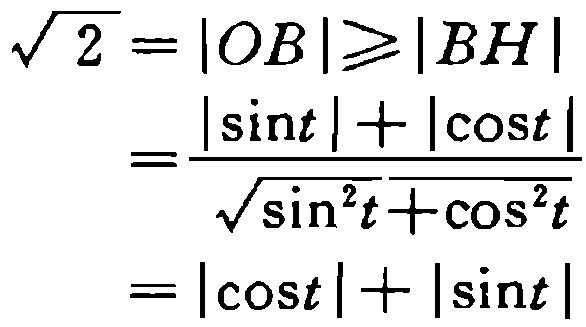
\[\begin{align*}
\sqrt{2}&=|OB|\geqslant|BH|\\
&=\frac{|\sin t| + |\cos t|}{\sqrt{\sin^{2}t+\cos^{2}t}}\\
&=|\cos t|+|\sin t|
\end{align*}\]